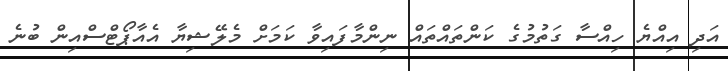
އަދި އިއްޔެ ހިއްސާ ގަތުމުގެ ކަންތައްތައް ނިންމާފައިވާ ކަމަށް މެލޭޝިޔާ އެއާޕޯޓްސްއިން ބުނެ